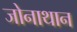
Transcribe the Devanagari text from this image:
जोनाथान